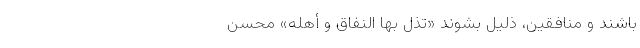
باشند و منافقین، ذلیل بشوند «تُذلُّ بهَا النِّفَاقَ وَ أَهْلَهُ» محسن